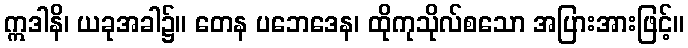
ဣဒါနိ၊ ယခုအခါ၌။ တေန ပဘေဒေန၊ ထိုကုသိုလ်စသော အပြားအားဖြင့်။